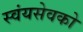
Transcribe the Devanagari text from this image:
स्वंयसेवको